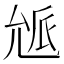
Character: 𠒕